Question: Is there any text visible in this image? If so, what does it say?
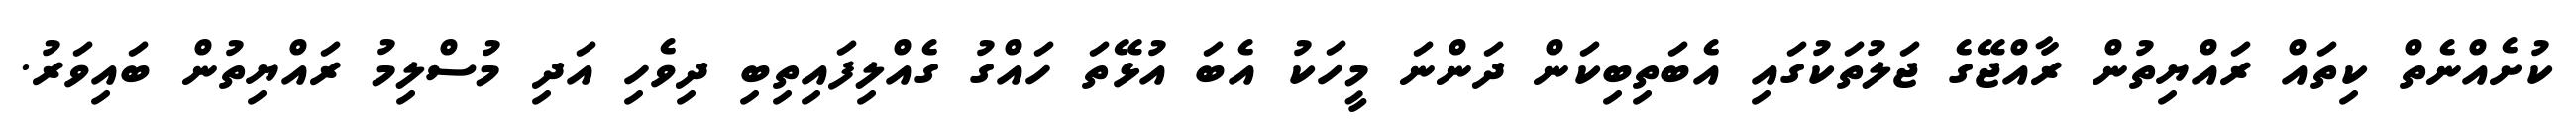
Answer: ކުށެއްނެތް ކިތައް ރައްޔިތުން ރާއްޖޭގެ ޖަލުތަކުގައި އެބަތިބިކަން ދަންނަ މީހަކު އެބަ އުޅޭތަ ހައްގު ގެއްލިފައިތިބި ދިވެހި އަދި މުސްލިމު ރައްޔިތުން ބައިވަރު.